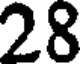
28